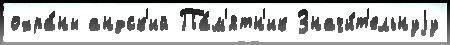
охра́ны андск'ий Па́м'ятн'ик Значи́т'ельнуjу